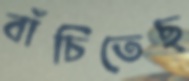
বাঁচিতেছ